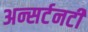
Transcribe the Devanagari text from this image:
अन्सर्टनटी